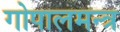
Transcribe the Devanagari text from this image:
गोपालमन्त्र